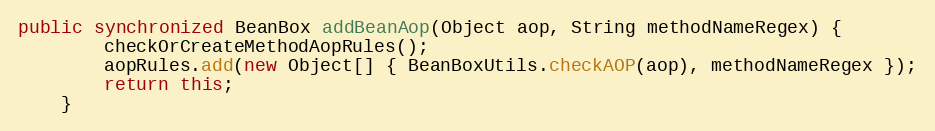
Language: Java
public synchronized BeanBox addBeanAop(Object aop, String methodNameRegex) {
		checkOrCreateMethodAopRules();
		aopRules.add(new Object[] { BeanBoxUtils.checkAOP(aop), methodNameRegex });
		return this;
	}